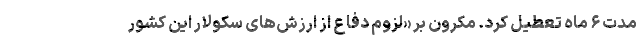
مدت ۶ ماه تعطیل کرد. مکرون بر «لزوم دفاع از ارزش‌های سکولار این کشور